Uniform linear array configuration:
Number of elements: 12
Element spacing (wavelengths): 1
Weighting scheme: hann
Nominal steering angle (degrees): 45
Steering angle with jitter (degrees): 45.645
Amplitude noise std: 0.05
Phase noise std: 0.05

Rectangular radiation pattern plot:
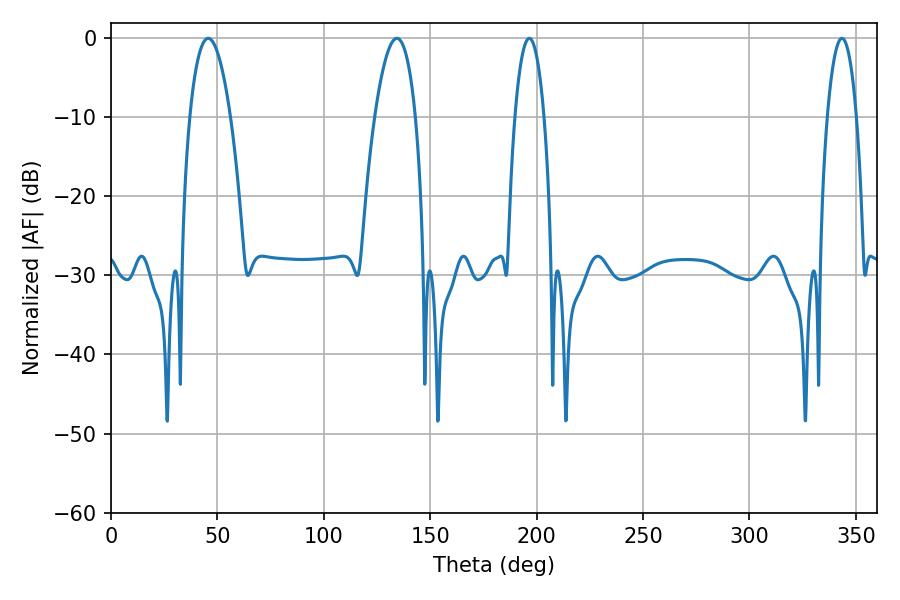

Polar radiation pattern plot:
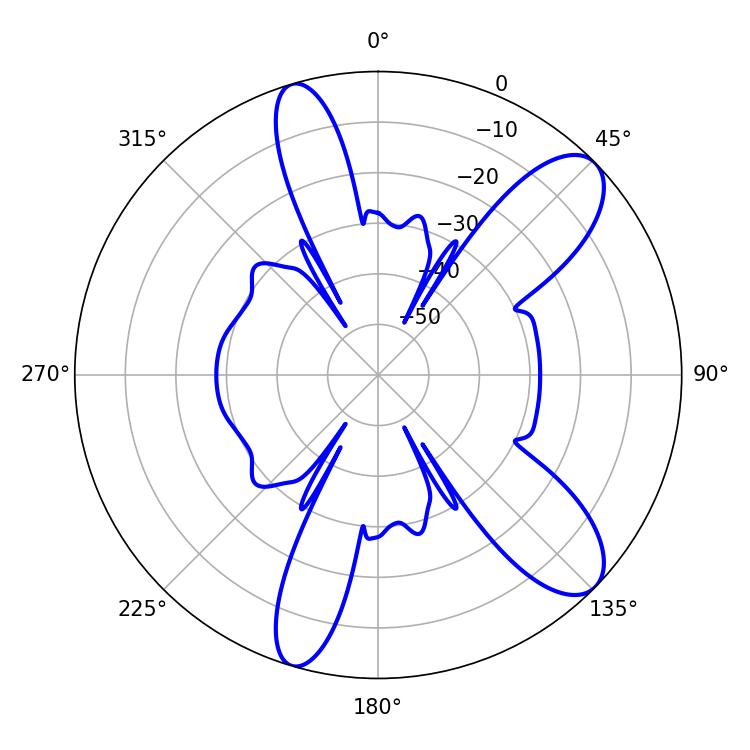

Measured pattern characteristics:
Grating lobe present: TRUE
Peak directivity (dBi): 9.929
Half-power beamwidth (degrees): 7.56
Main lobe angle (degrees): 196.56